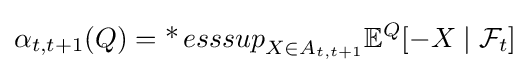
\alpha _{t,t+1}(Q)=\operatorname {*} {esssup}_{X\in A_{t,t+1}}\mathbb {E} ^{Q}[-X\mid {\mathcal {F}}_{t}]